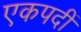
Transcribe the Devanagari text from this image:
एकपदीं